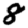
Digit: 8